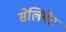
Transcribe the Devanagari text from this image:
सेलियेंट